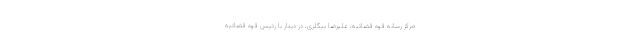
مرکز رسانه قوه قضائیه، علیرضا بیگلری، در دیدار با رئیس قوه قضائیه